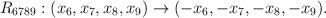
LaTeX: \begin{align*}R_{6789}: (x_6,x_7,x_8,x_9) \rightarrow (-x_6,-x_7,-x_8,-x_9).\end{align*}